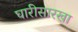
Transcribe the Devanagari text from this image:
घारीसारखा